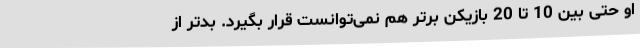
او حتی بین 10 تا 20 بازیکن برتر هم نمی‌توانست قرار بگیرد. بدتر از